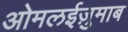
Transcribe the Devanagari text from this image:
ओमलईज़ुमाब